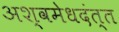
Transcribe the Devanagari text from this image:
अश्वमेधदंत्त